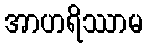
အာဟရိဿာမ